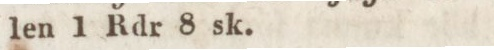
len 1 Rdr 8 sk.